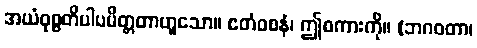
အယံဝုစ္စတိပါပမိတ္တတာဟူသော။ ဧတံဝစနံ၊ ဤစကားကို။ (ဘဂဝတာ၊